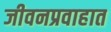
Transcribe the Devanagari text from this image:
जीवनप्रवाहात